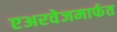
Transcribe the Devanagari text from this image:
एअरवेजमार्फत